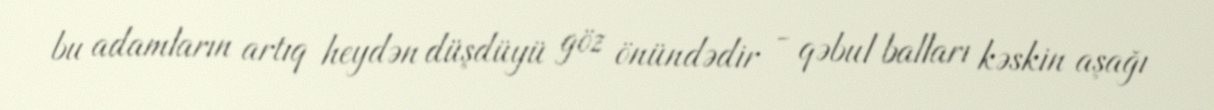
bu adamların artıq heydən düşdüyü göz önündədir - qəbul balları kəskin aşağı